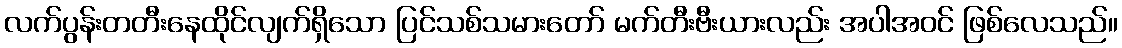
လက်ပွန်းတတီးနေထိုင်လျက်ရှိသော ပြင်သစ်သမားတော် မက်တီးဗီးယားလည်း အပါအဝင် ဖြစ်လေသည်။